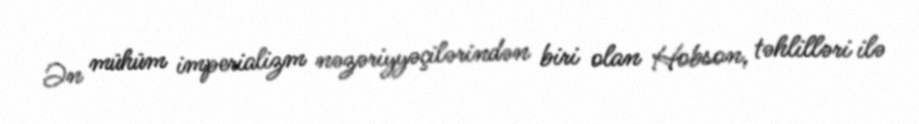
Ən mühüm imperializm nəzəriyyəçilərindən biri olan Hobson, təhlilləri ilə